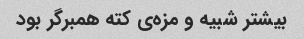
بیشتر شبیه و مزه‌ی کته همبرگر بود